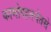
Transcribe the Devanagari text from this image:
कामोपहतचेतसे